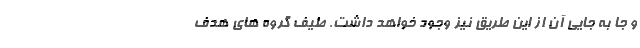
و جا به جایی آن از این طریق نیز وجود خواهد داشت. طیف گروه های هدف